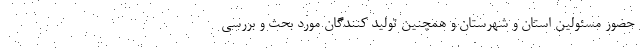
حضور مسئولین استان و شهرستان و همچنین تولید کنندگان مورد بحث و بررسی